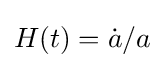
H(t)={\dot {a}}/a